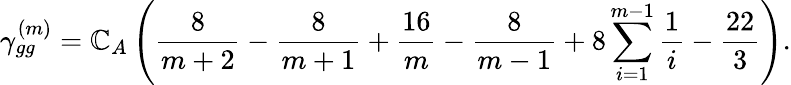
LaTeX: \gamma_{gg}^{(m)}=\mathbb{C}_{A}\left(\frac{{8}}{{m+2}}-\frac{{8}}{{m+1}}+\frac{{16}}{{m}}-\frac{{8}}{{m-1}}+8\sum_{i=1}^{m-1}\frac{{1}}{{i}}-\frac{{22}}{{3}}\right).